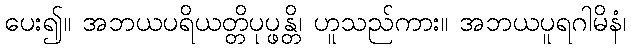
ပေး၍။ အဘယပရိယတ္တိပုပ္ဖန္တိ၊ ဟူသည်ကား။ အဘယပူရဂါမိနံ၊